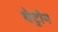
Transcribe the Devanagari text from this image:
पेट्रोन